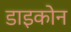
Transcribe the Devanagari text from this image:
डाइकोन